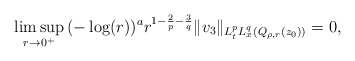
\begin{align*} \limsup_{r \to 0^+} \, (-\log(r))^a r^{1-\frac{2}{p}-\frac{3}{q}} \|v_3\|_{L^p_tL^q_x(Q_{\rho,r}(z_0))} = 0,\end{align*}